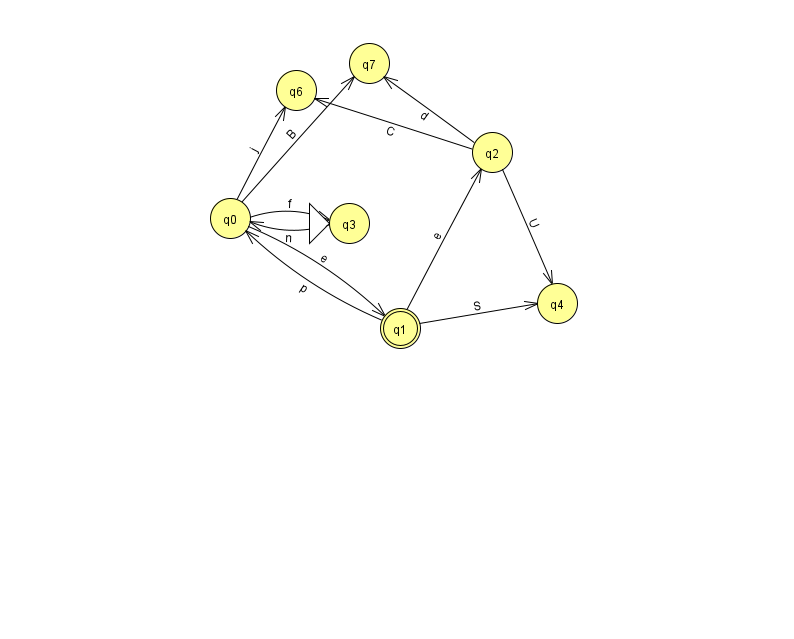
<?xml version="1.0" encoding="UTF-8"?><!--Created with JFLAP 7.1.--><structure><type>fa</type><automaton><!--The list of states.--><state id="0" name="q0"><x>230.0</x><y>205.0</y></state><state id="1" name="q1"><x>400.0</x><y>315.0</y><final/></state><state id="2" name="q2"><x>492.0</x><y>139.0</y></state><state id="3" name="q3"><x>349.0</x><y>210.0</y><initial/></state><state id="4" name="q4"><x>557.0</x><y>290.0</y></state><state id="6" name="q6"><x>296.0</x><y>77.0</y></state><state id="7" name="q7"><x>369.0</x><y>50.0</y></state><!--The list of transitions.--><transition><from>0</from><to>1</to><read>e</read></transition><transition><from>0</from><to>6</to><read>j</read></transition><transition><from>1</from><to>0</to><read>p</read></transition><transition><from>1</from><to>2</to><read>e</read></transition><transition><from>3</from><to>0</to><read>n</read></transition><transition><from>2</from><to>4</to><read>U</read></transition><transition><from>2</from><to>6</to><read>C</read></transition><transition><from>2</from><to>7</to><read>d</read></transition><transition><from>0</from><to>7</to><read>B</read></transition><transition><from>1</from><to>4</to><read>S</read></transition><transition><from>0</from><to>3</to><read>f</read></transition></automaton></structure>